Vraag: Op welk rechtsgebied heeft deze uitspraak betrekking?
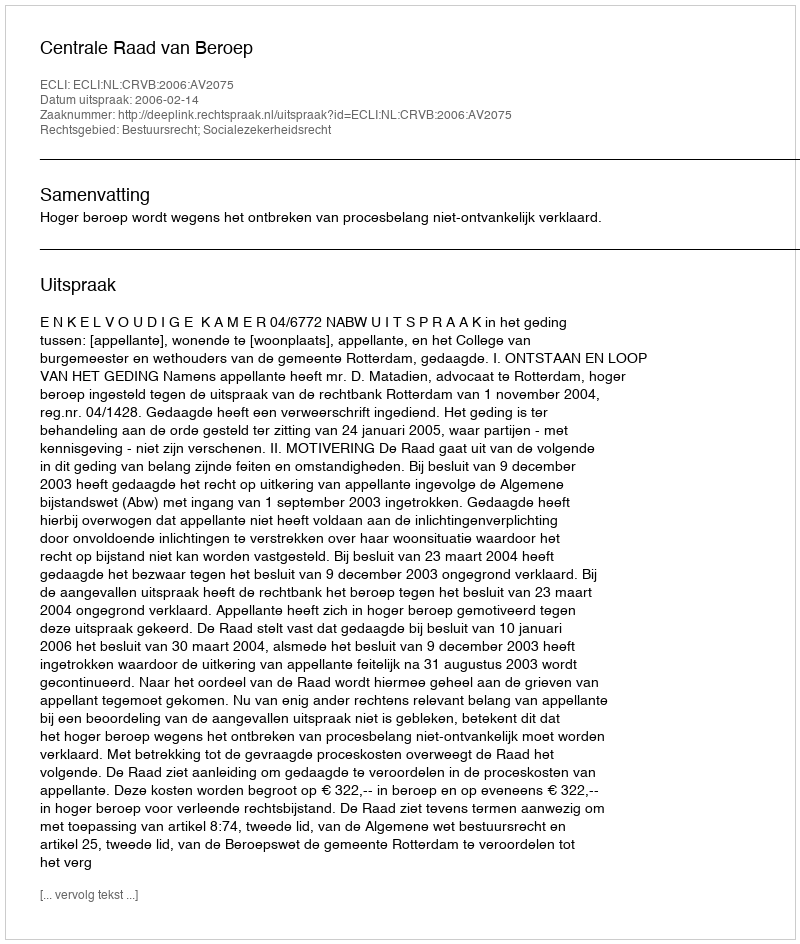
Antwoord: Bestuursrecht; Socialezekerheidsrecht